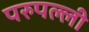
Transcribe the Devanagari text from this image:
परुपल्ली